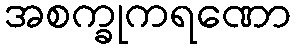
အစက္ခုကရဏော